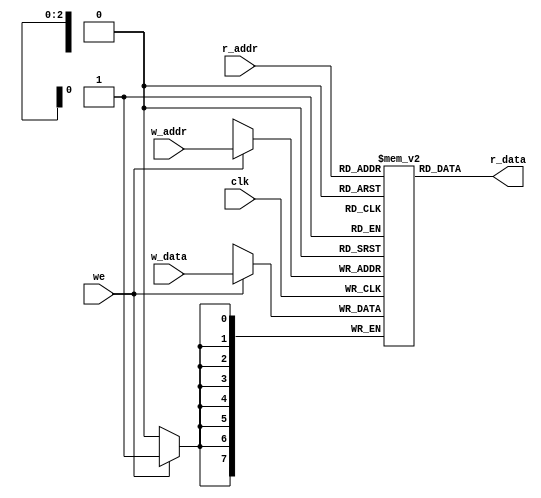
`timescale 1ns / 1ps
//////////////////////////////////////////////////////////////////////////////////
// Company: 
// Engineer: 
// 
// Design Name: 
// Module Name: ram_2ports
// Project Name: 
// Target Devices: 
// Tool Versions: 
// Description: 
// 
// Dependencies: 
// 
// Revision:
// Revision 0.01 - File Created
// Additional Comments:
// 
//////////////////////////////////////////////////////////////////////////////////


module ram_2ports
    #(parameter ADDR_WIDTH = 3, DATA_WIDTH = 8)
    (
        input clk,
        input we,
        input [ADDR_WIDTH - 1: 0] r_addr, // reading address
        input [ADDR_WIDTH - 1: 0] w_addr, // writing address
        input [DATA_WIDTH - 1: 0] w_data, // writing data
        output [DATA_WIDTH - 1: 0] r_data // reading data
    );
    
    reg [DATA_WIDTH - 1: 0] memory [0: 2 ** ADDR_WIDTH - 1];
    
    // write operation
    always @(posedge clk)
    begin
        if (we)
            memory[w_addr] <= w_data;
    end
    
    assign r_data = memory[r_addr];
    
endmodule